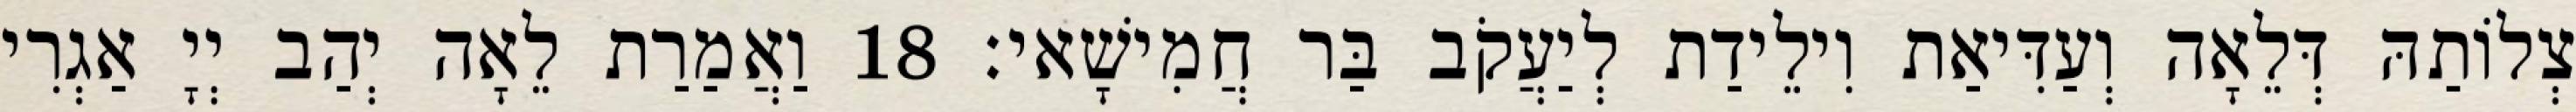
צְלוֹתַהּ דְּלֵאָה וְעַדִּיאַת וִילֵידַת לְיַעֲקֹב בַּר חֲמִישָׁאי׃ 18 וַאֲמַרַת לֵאָה יְהַב יְיָ אַגְרִי